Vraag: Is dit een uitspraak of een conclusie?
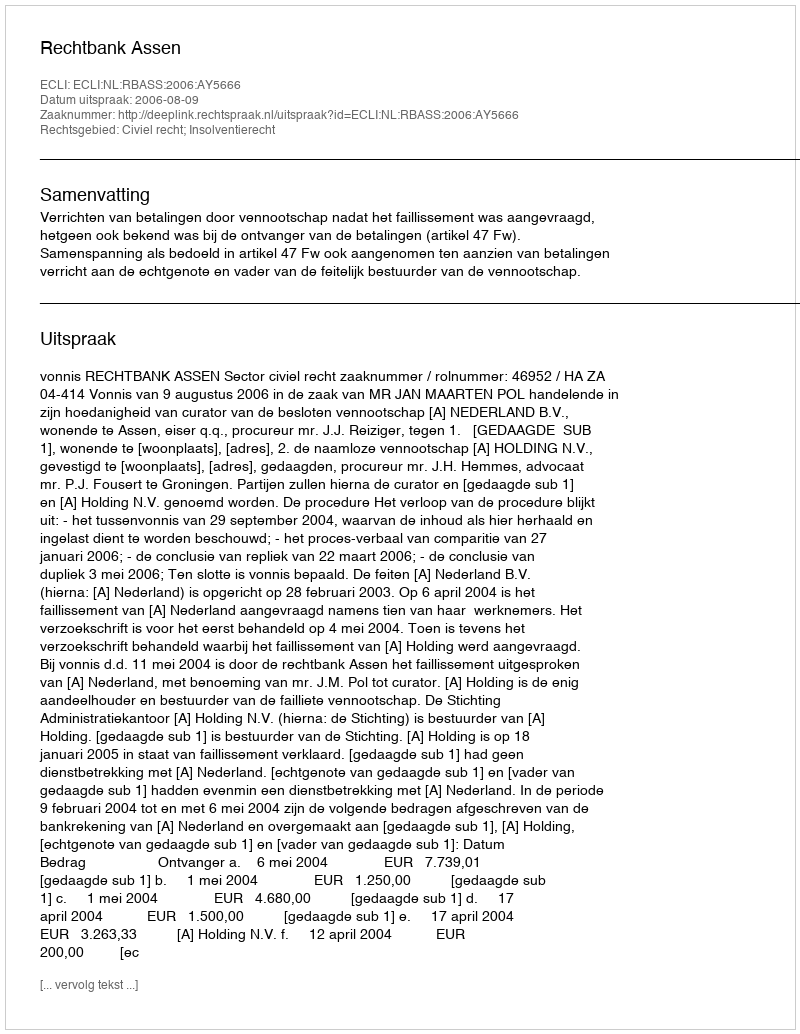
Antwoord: Uitspraak